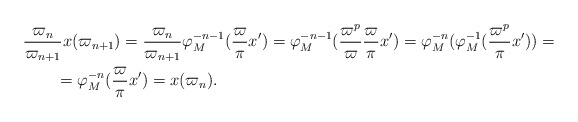
\begin{align*}&\frac{\varpi_n}{\varpi_{n+1}} x(\varpi_{n+1}) = \frac{\varpi_n}{\varpi_{n+1}} \varphi_M^{-n-1}(\frac\varpi\pi x') = \varphi_M^{-n-1}(\frac{\varpi^p}{\varpi} \frac\varpi\pi x') = \varphi_M^{-n}(\varphi_M^{-1}(\frac{\varpi^p}\pi x')) =\\&\qquad= \varphi_M^{-n}(\frac\varpi\pi x') = x(\varpi_n).\end{align*}